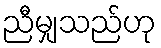
ညီမျှသည်ဟု